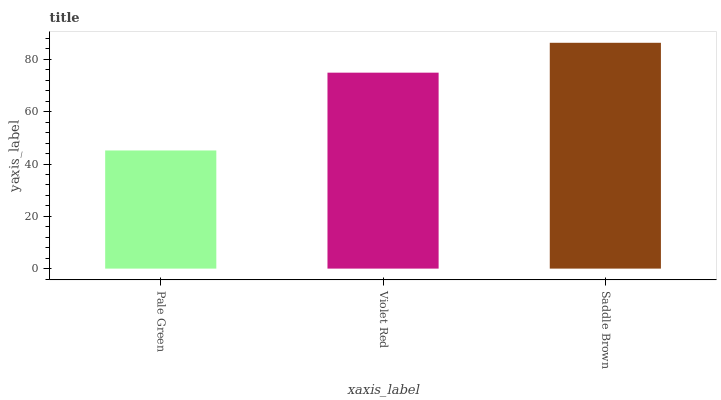
| xaxis_label | bars |
 | --- | --- |
 | Pale Green | 45.2 |
 | Violet Red | 74.9 |
 | Saddle Brown | 86.4 |